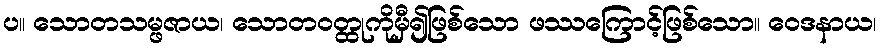
ပ။ သောတသမ္ဖဇာယ၊ သောတဝတ္ထုကိုမှီ၍ဖြစ်သော ဖဿကြောင့်ဖြစ်သော။ ဝေဒနာယ၊